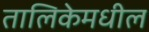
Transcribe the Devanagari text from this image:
तालिकेमधील